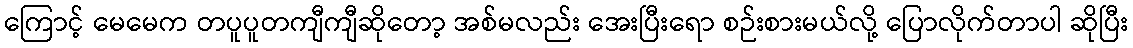
ကြောင့် မေမေက တပူပူတကျီကျီဆိုတော့ အစ်မလည်း အေးပြီးရော စဉ်းစားမယ်လို့ ပြောလိုက်တာပါ ဆိုပြီး